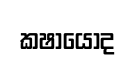
කෂායෝද